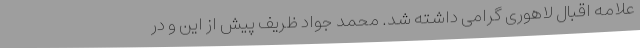
علامه اقبال لاهوری گرامی داشته شد. محمد جواد ظریف پیش از این و در